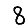
Digit: 8